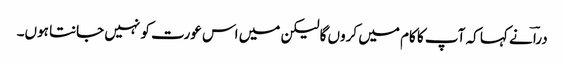
دراؔ نے کہا کہ آپ کا کام میں کروں گا لیکن میں اس عورت کو نہیں جانتا ہوں۔